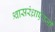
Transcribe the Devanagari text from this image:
श्वासरंध्राऐवजी